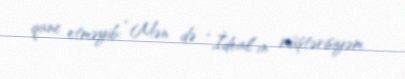
qane etməyib: “Mən də “İdeal”ın müştərisiyəm.